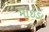
માઇડા